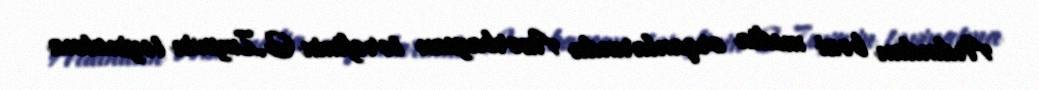
Ardından bəzi media orqanlarında Azərbaycan tərəfinin G.Zuyevin təyinatına